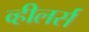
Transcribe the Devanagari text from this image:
व्हीलर्स